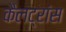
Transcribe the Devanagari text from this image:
कैलट्रांस